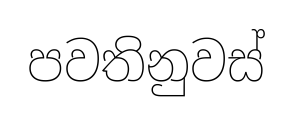
පවතිනුවස්